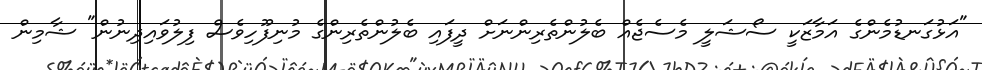
"އަޅުގަނޑުމެންގެ އަމާޒަކީ ސޯޝަލީ މެސެޖެއް ބެލުންތެރިންނަށް ދީފައި ބެލުންތެރިންގެ މުނިފޫހިވެސް ފިލުވައިދިނުން" ޝާމިން